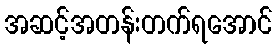
အဆင့်အတန်းတက်ရအောင်